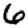
Digit: 6